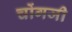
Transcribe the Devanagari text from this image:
चोंगजी